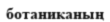
ботаниканың